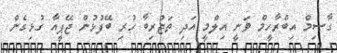
ގާސިމް އިބްރާހީމް ވަނީ އިލްމީ އަދި ތަޖުރިބާ ހުރި ބޭފުޅުން ޖޭޕީއާ ގުޅިގެން